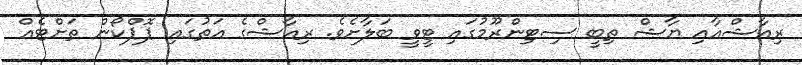
ރިއާޝްއާއި ޔާޝް ތިބީ ސިޓިންރޫމުގައި ޓީވީ ބަލާށެވެ. ރިއާޝްގެ އަތުގައި ޕޮޕްކޯން ތަށްޓެއް